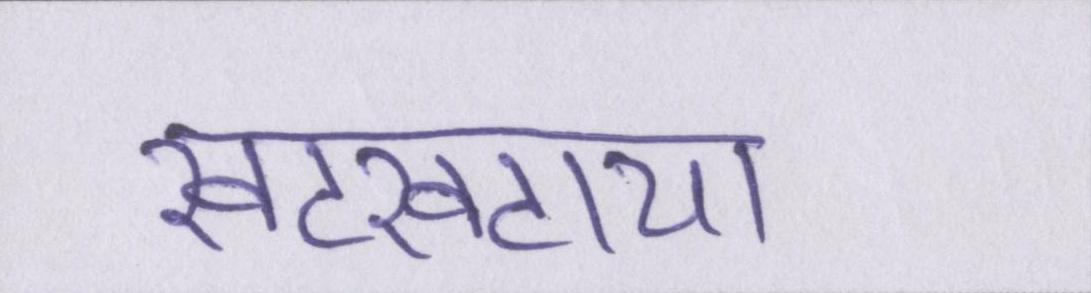
खटखटाया